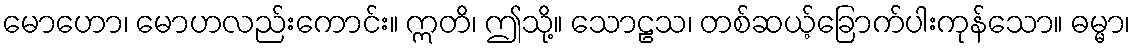
မောဟော၊ မောဟလည်းကောင်း။ ဣတိ၊ ဤသို့။ သောဠသ၊ တစ်ဆယ့်ခြောက်ပါးကုန်သော။ ဓမ္မာ၊